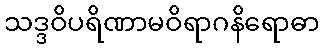
သဒ္ဒဝိပရိဏာမဝိရာဂနိရောဓာ